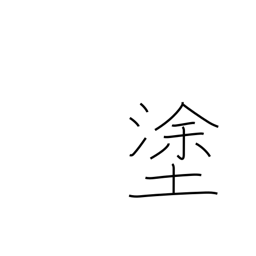
Meaning: smear